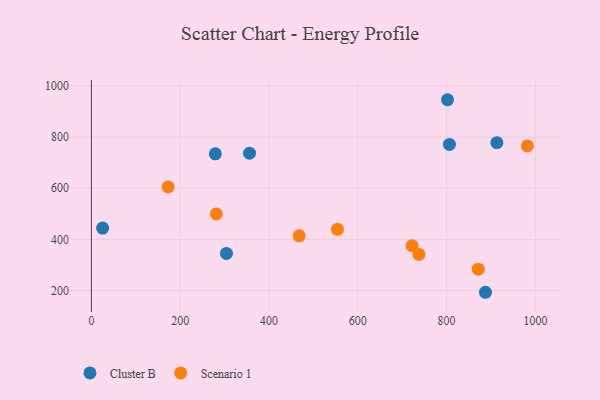
{"axis": {"x": "Speed", "y": "Sales"}, "legend": ["Cluster B", "Scenario 1"], "data": [{"x": "806.4", "y": 771.4, "type": "Cluster B"}, {"x": "356.1", "y": 737.0, "type": "Cluster B"}, {"x": "279.1", "y": 734.4, "type": "Cluster B"}, {"x": "802.0", "y": 946.3, "type": "Cluster B"}, {"x": "913.2", "y": 778.2, "type": "Cluster B"}, {"x": "887.5", "y": 192.7, "type": "Cluster B"}, {"x": "304.2", "y": 344.9, "type": "Cluster B"}, {"x": "25.3", "y": 443.9, "type": "Cluster B"}, {"x": "871.2", "y": 283.2, "type": "Scenario 1"}, {"x": "737.6", "y": 340.9, "type": "Scenario 1"}, {"x": "172.9", "y": 605.1, "type": "Scenario 1"}, {"x": "554.2", "y": 439.1, "type": "Scenario 1"}, {"x": "468.0", "y": 413.7, "type": "Scenario 1"}, {"x": "722.2", "y": 374.8, "type": "Scenario 1"}, {"x": "281.4", "y": 499.5, "type": "Scenario 1"}, {"x": "981.9", "y": 765.3, "type": "Scenario 1"}]}